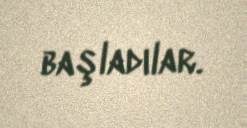
başladılar.